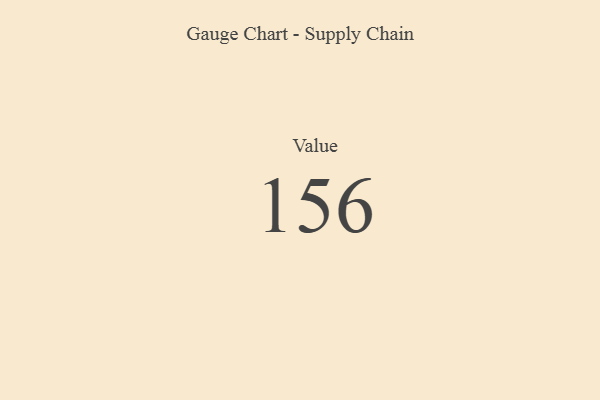
{"axis": {"x": "Metric", "y": "Value"}, "legend": [""], "data": [{"x": "Value", "y": 156, "type": ""}]}